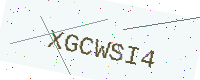
Text: XGCWSI4